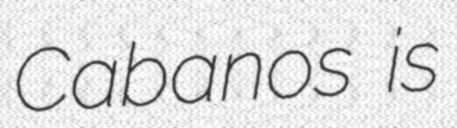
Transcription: Cabanos is